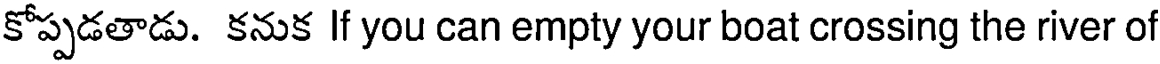
కోప్పడతాడు. కనుక If you can empty your boat crossing the river of